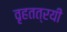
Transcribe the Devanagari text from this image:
वृहतत्रयी